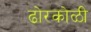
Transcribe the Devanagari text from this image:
ढोरकोळी